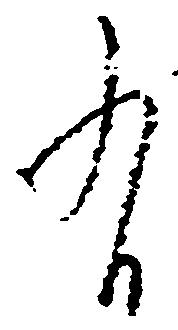
有